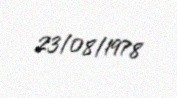
23/08/1978